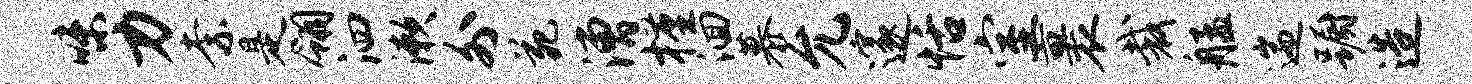
味力柰是翎泗漱外苑漕槿洄慕允邃恬室裹裁艋遄蹰造